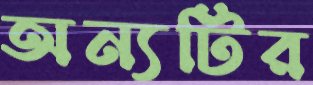
অন্যটির